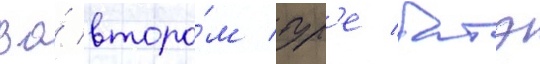
Во́ второ́м тур'е батэ